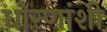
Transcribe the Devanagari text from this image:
धोरणांशी